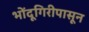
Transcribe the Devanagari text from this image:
भोंदूगिरीपासून